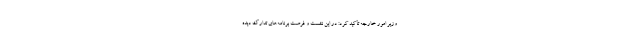
وزیر امور خارجه تأکید کرد: در این نشست و فرصت برنامه‌های تدارک دیده